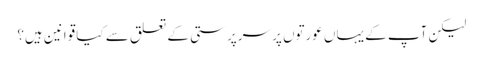
لیکن آپ کے یہاں عورتوں پر سرپرستی کے تعلق سے کیا قوانین ہیں؟